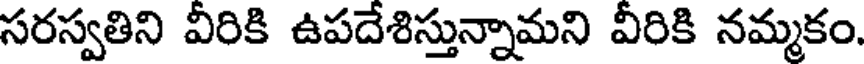
సరస్వతిని వీరికి ఉపదేశిస్తున్నామని వీరికి నమ్మకం.